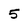
Character: 5